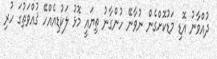
ދުއްވާނު އޮޑި މަޑުކޮށްގެން ނުވާނޭ ހުންގާނު ތިޔައީ މޮޅު ލަކުޑިއެއްހޭ ޤުއްވަތުގަ ހުރި